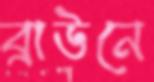
ব্রাউনে